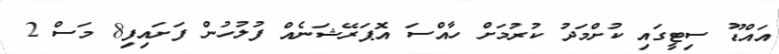
އައްޑޫ ސިޓީގައި ކުށްމަދު ކުރުމަށް ހާއްސަ އޮޕަރޭޝަނެއް ފުލުހުން ފަށައިފި8 މަސް 2